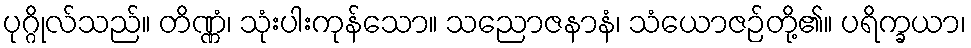
ပုဂ္ဂိုလ်သည်။ တိဏ္ဏံ၊ သုံးပါးကုန်သော။ သညောဇနာနံ၊ သံယောဇဉ်တို့၏။ ပရိက္ခယာ၊